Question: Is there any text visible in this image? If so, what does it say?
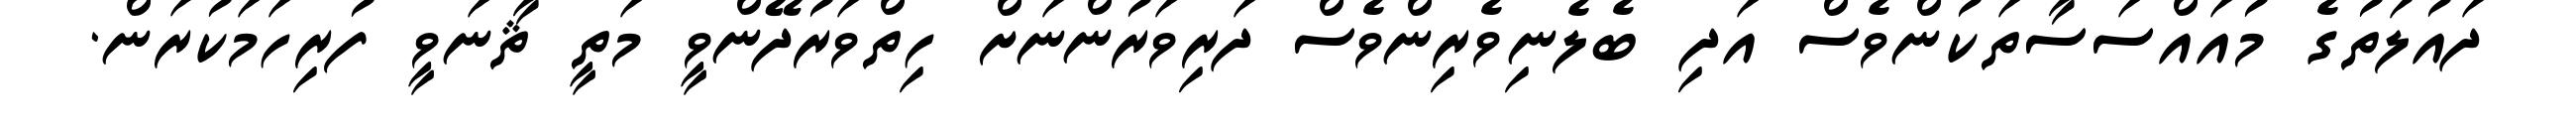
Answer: ދައުލަތުގެ މުއައްސަސާތަކުންވެސް އަދި ބެލެނިވެރިންވެސް ދަރިވަރުންނަށް ހިތްވަރުދޭންވީ މަތީ ޘާނަވީ ފުރިހަމަކުރަން.